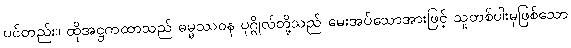
ပင်တည်း။ ထိုအဋ္ဌကထာသည် ဓမ္မဿဝန ပုဂ္ဂိုလ်တို့သည် မေးအပ်သောအားဖြင့် သူတစ်ပါးမှဖြစ်သော